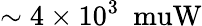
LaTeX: \mathrm{\sim 4\times 10^{3}~\ muW}